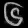
Digit: ၆